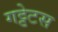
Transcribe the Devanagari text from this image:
गट्टेटस